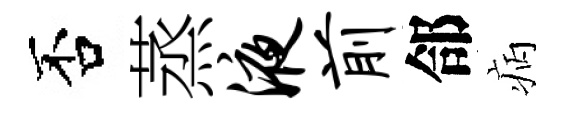
否蒸液前郃病